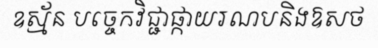
ឧស្ម័ន បច្ចេកវិជ្ជាផ្កាយរណបនិងឱសថ